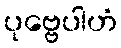
ပုဗ္ဗေပါဟံ